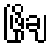
ဖြိုချ